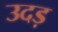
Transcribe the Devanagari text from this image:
उदड़